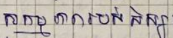
សកម្មភាពរបស់សិស្ស